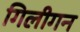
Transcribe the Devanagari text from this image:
गिलीगन